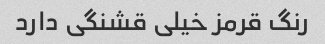
رنگ قرمز خیلی قشنگی دارد